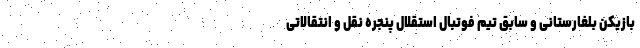
بازیکن بلغارستانی و سابق تیم فوتبال استقلال پنجره نقل و انتقالاتی